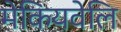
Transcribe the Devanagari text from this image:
मेकियवेलि